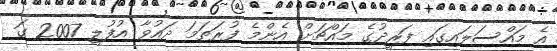
އެ މައްސަލައިގައި ފަރީދުގެ މައްޗަށް އެންމެ ފުރަތަމަ ދައުވާ އުފުލީ 2007 ގަ